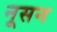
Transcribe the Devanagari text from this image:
नूसन